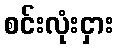
စင်းလုံးငှား